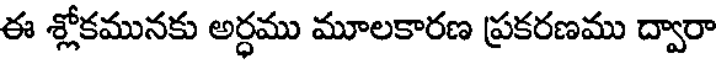
ఈ శ్లోకమునకు అర్ధము మూలకారణ ప్రకరణము ద్వారా